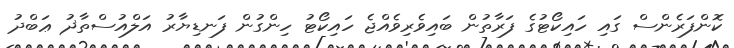
ކޮންފަރެންސް ގައި ހައިކޯޓުގެ ފަރާތުން ބައިވެރިވެއްޖެ ހައިކޯޓު ހިންގުން ފަނޑިޔާރު އަލްއުސްތާޛު ޢަބްދު